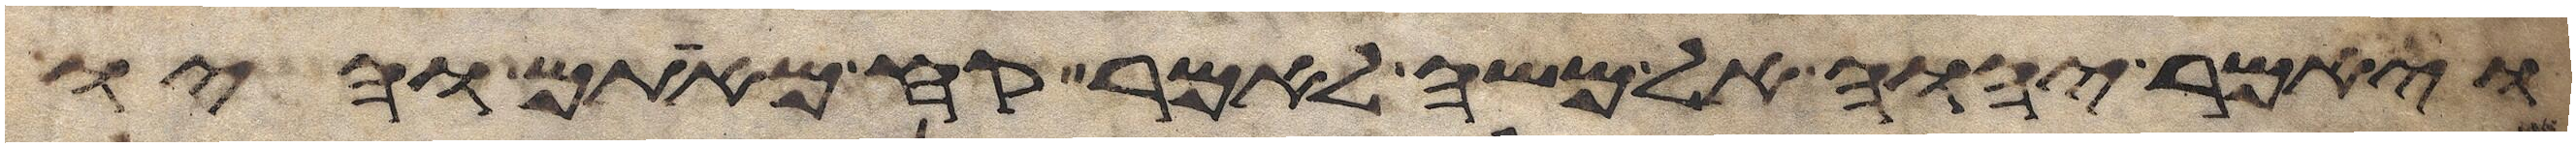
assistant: ויאמר יהוה אל משה לאמר קח מאתם והיו